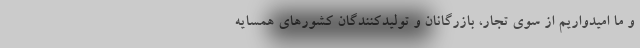
و ما امیدواریم از سوی تجار، بازرگانان و تولیدکنندگان کشورهای همسایه